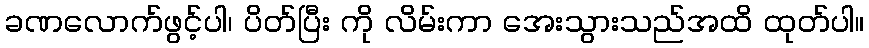
ခဏလောက်ဖွင့်ပါ၊ ပိတ်ပြီး ကို လိမ်းကာ အေးသွားသည်အထိ ထုတ်ပါ။